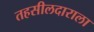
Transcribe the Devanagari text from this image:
तहसीलदाराला